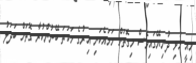
މިއީ މުޅި ދުނިޔޭގައިވެސް މިގޮތަށް ހަމައެކަނި އިރުގެ ހަކަތަ ބޭނުންކުރާ ގޮތަށް ބަދަލު